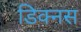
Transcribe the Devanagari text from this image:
डिक्नस